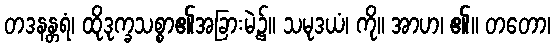
တဒနန္တရံ၊ ထိုဒုက္ခသစ္စာ၏အခြားမဲ့၌။ သမုဒယံ၊ ကို။ အာဟ၊ ၏။ တတော၊